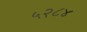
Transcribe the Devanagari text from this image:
५२८४